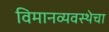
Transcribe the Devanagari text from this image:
विमानव्यवस्थेचा